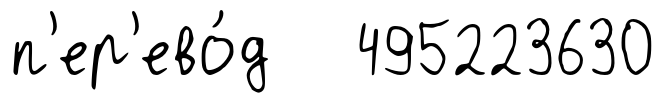
п'ер'ево́д 495223630